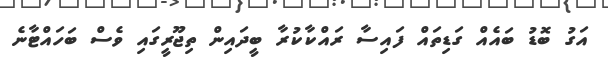
އަގު ބޮޑު ބައެއް ގަޑިތައް ފައިސާ ރައްކާކުރާ ބީދައިން ތިޖޫރީގައި ވެސް ބަހައްޓާނެ